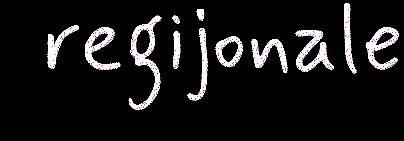
regijonale